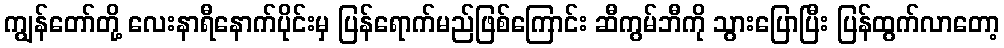
ကျွန်တော်တို့ လေးနာရီနောက်ပိုင်းမှ ပြန်ရောက်မည်ဖြစ်ကြောင်း ဆီကွမ်ဘီကို သွားပြောပြီး ပြန်ထွက်လာတော့